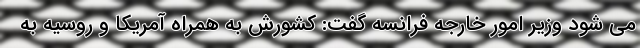
می شود وزیر امور خارجه فرانسه گفت: کشورش به همراه آمریکا و روسیه به